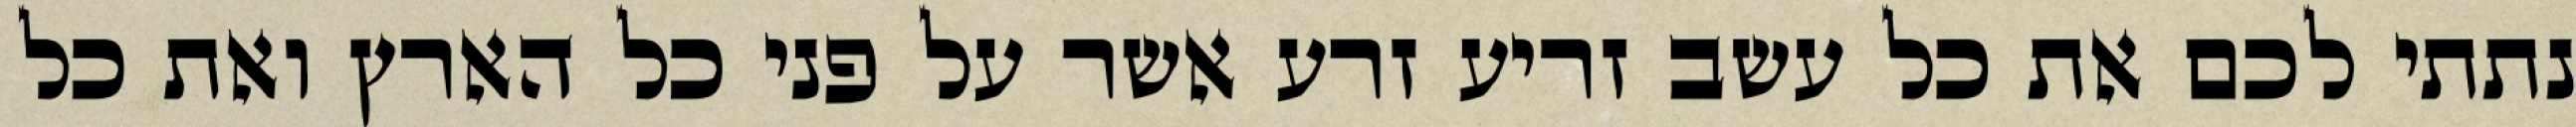
נתתי לכם את כל עשב זריע זרע אשר על פני כל הארץ ואת כל